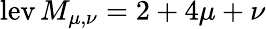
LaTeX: \operatorname{lev}M_{\mu,\nu}=2+4\mu+\nu